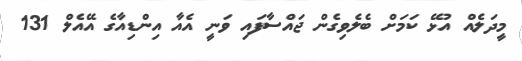
މީދަލެއް އުޅޭ ކަމަށް ބެލެވިގެން ޖައްސާފައި ވަނީ އެއާ އިންޑިއާގެ އޭއެލް 131